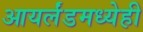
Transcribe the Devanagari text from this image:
आयर्लंडमध्येही